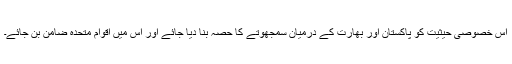
اس خصوصی حیثیت کو پاکستان اور بھارت کے درمیان سمجھوتے کا حصہ بنا دیا جائے اور اس میں اقوام متحدہ ضامن بن جائے۔